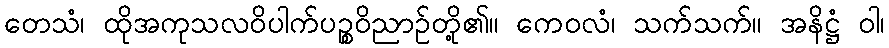
တေသံ၊ ထိုအကုသလဝိပါက်ပဉ္စဝိညာဉ်တို့၏။ ကေဝလံ၊ သက်သက်။ အနိဋ္ဌံ ဝါ၊